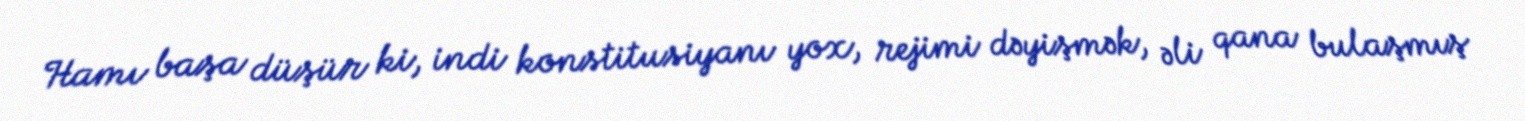
Hamı başa düşür ki, indi konstitusiyanı yox, rejimi dəyişmək, əli qana bulaşmış